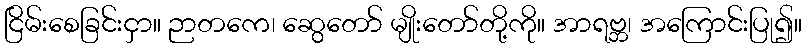
ငြိမ်းစေခြင်းငှာ။ ဉာတကေ၊ ဆွေတော် မျိုးတော်တို့ကို။ အာရဗ္ဘ၊ အကြောင်းပြု၍။